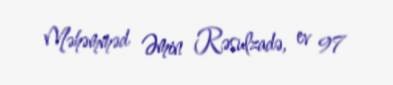
Məhəmməd Əmin Rəsulzadə, ev 97